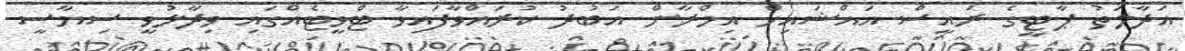
އަދާލަތު ޕާޓީގެ ރައީސް އައްޝައިހް އިމްރާން އަބުދު ކުރައްވާފައިވާ ޓްވީޓެއްގައި ވިދާޅުވީ ސިޔާސީ